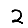
Digit: 2